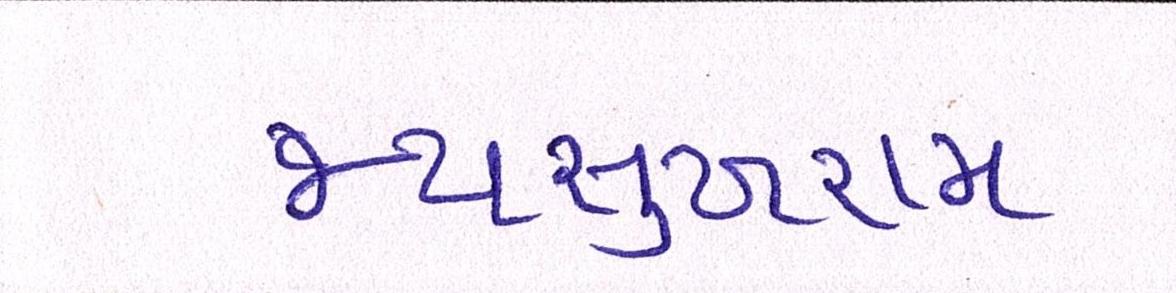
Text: જયસુખરામ